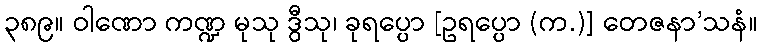
၃၈၉။ ဝါဏော ကဏ္ဍ မုသု ဒွီသု၊ ခုရပ္ပော [ဥရပ္ပော (က.)] တေဇနာ’သနံ။